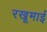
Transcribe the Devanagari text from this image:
रखूमाई